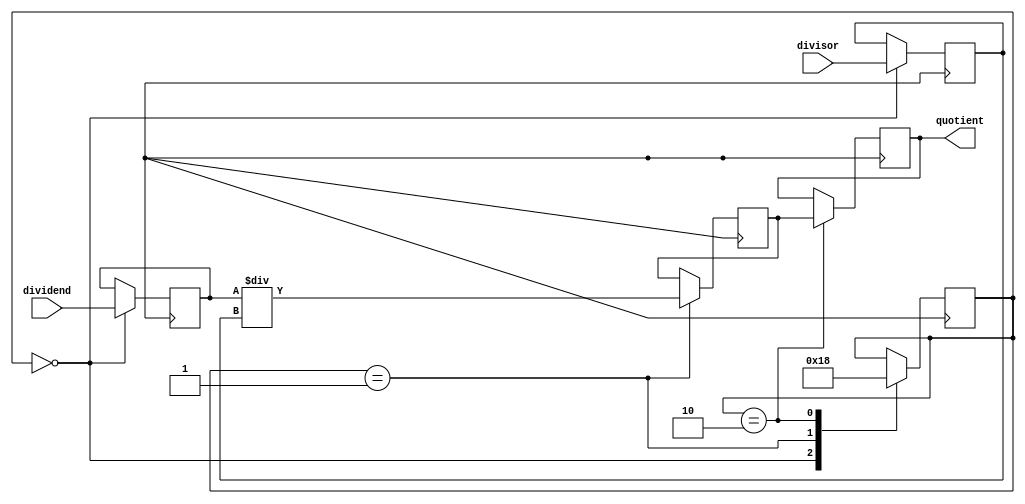
module Pipelined_Divider (
    input wire signed [31:0] dividend,
    input wire signed [31:0] divisor,
    output reg signed [31:0] quotient
);

reg signed [31:0] dividend_reg;
reg signed [31:0] remainder_reg;
reg signed [31:0] divisor_reg;
reg signed [31:0] partial_quotient;

reg [1:0] state;

always @ (posedge clk) begin
    case (state)
        0: begin
            dividend_reg <= dividend;
            divisor_reg <= divisor;
            state <= 1;
        end
        1: begin
            partial_quotient <= dividend_reg / divisor_reg;
            remainder_reg <= dividend_reg % divisor_reg;
            state <= 2;
        end
        2: begin
            quotient <= partial_quotient;
            state <= 0;
        end
    endcase
end

endmodule